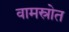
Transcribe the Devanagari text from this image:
वामस्रोत